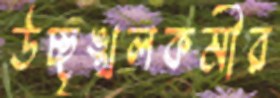
উচ্ছৃঙ্খলকর্মীর